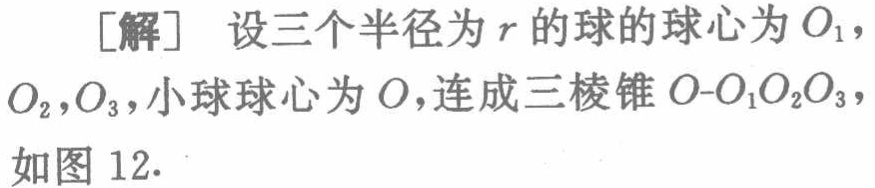
[解] 设三个半径为 \(r\) 的球的球心为 \(O_{1}\)，\(O_{2}\)，\(O_{3}\)，小球球心为 \(O\)，连成三棱锥 \(O - O_{1}O_{2}O_{3}\)，如图 12.